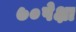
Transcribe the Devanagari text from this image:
७०पेक्षा